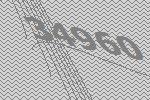
34960